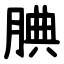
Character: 腆